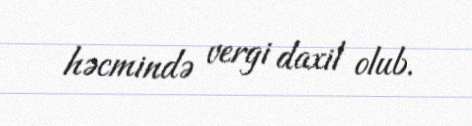
həcmində vergi daxil olub.